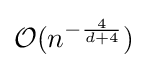
{\mathcal {O}}(n^{-{\frac {4}{d+4}}})